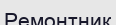
Ремонтник